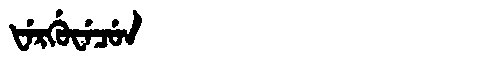
Manchu: ᡶᡝᡵᡤᡠᠸᡝᠴᡠᠨ
Romanization: FERGUWECUN